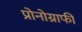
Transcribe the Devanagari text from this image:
प्रोनोग्राफी